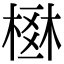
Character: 𣗂